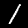
Label: 1